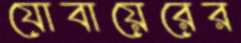
যোবায়েরের